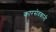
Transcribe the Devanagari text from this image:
कारसेवकांनी